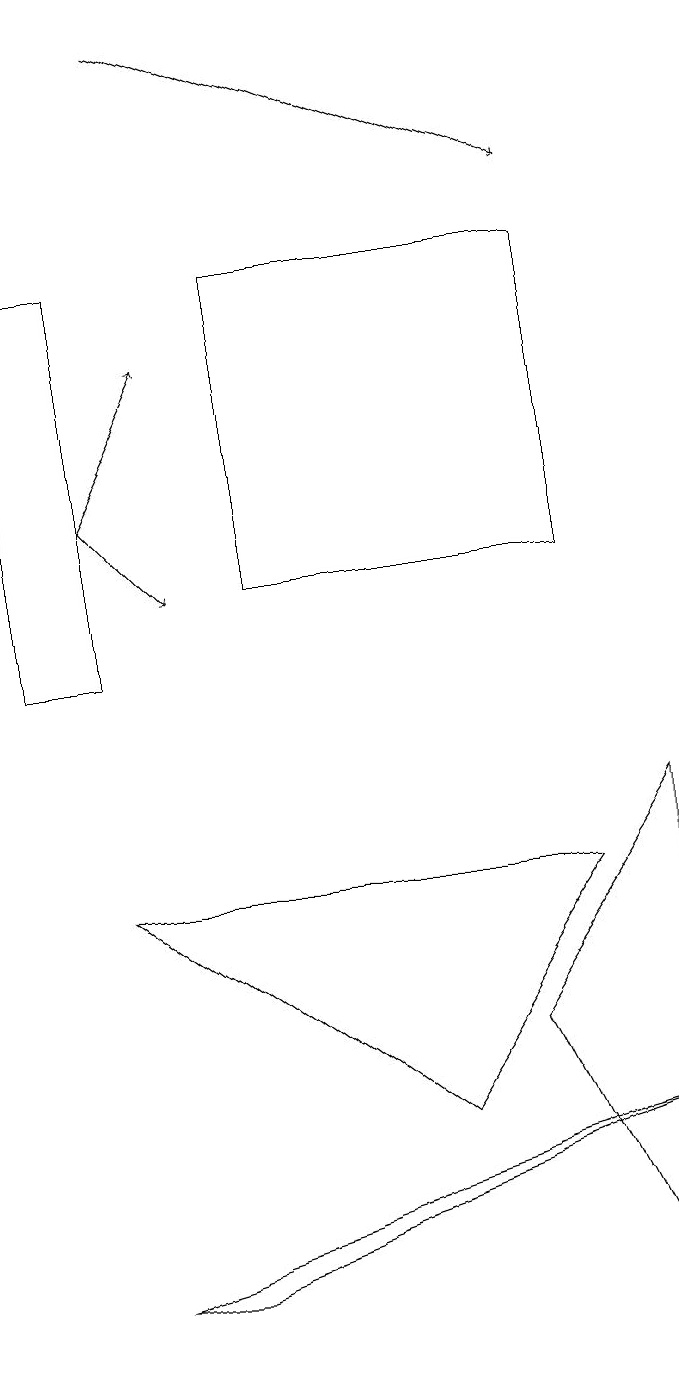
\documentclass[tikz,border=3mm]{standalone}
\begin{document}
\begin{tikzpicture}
\draw (0,15) rectangle (1,10);
\draw (3,11) rectangle (7,15);
\draw[->] (1,12) -- (2,11);
\draw (2,2) -- (8,4) -- (1,2) -- cycle;
\draw (5,4) -- (7,7) -- (1,7) -- cycle;
\draw[->] (2,18) -- (7,16);
\draw[->] (1,12) -- (2,14);
\draw (8,8) -- (6,5) -- (8,1) -- cycle;
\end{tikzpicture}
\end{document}